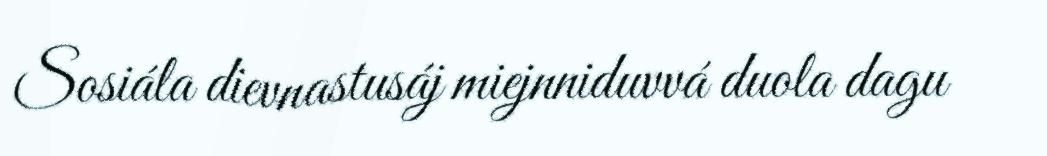
Sosiála dievnastusáj miejnniduvvá duola dagu